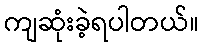
ကျဆုံးခဲ့ရပါတယ်။